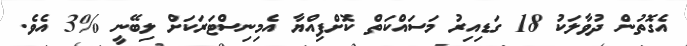
އެގޮތުން ދުވާލަކު 18 ގަޑިއިރު މަސައްކަތް ކޮށްފިއްޔާ އެމިނިސްޓަރަކަށް ލިބޭނީ %3 އެވެ.